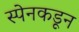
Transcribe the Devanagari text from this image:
स्पेनकडून